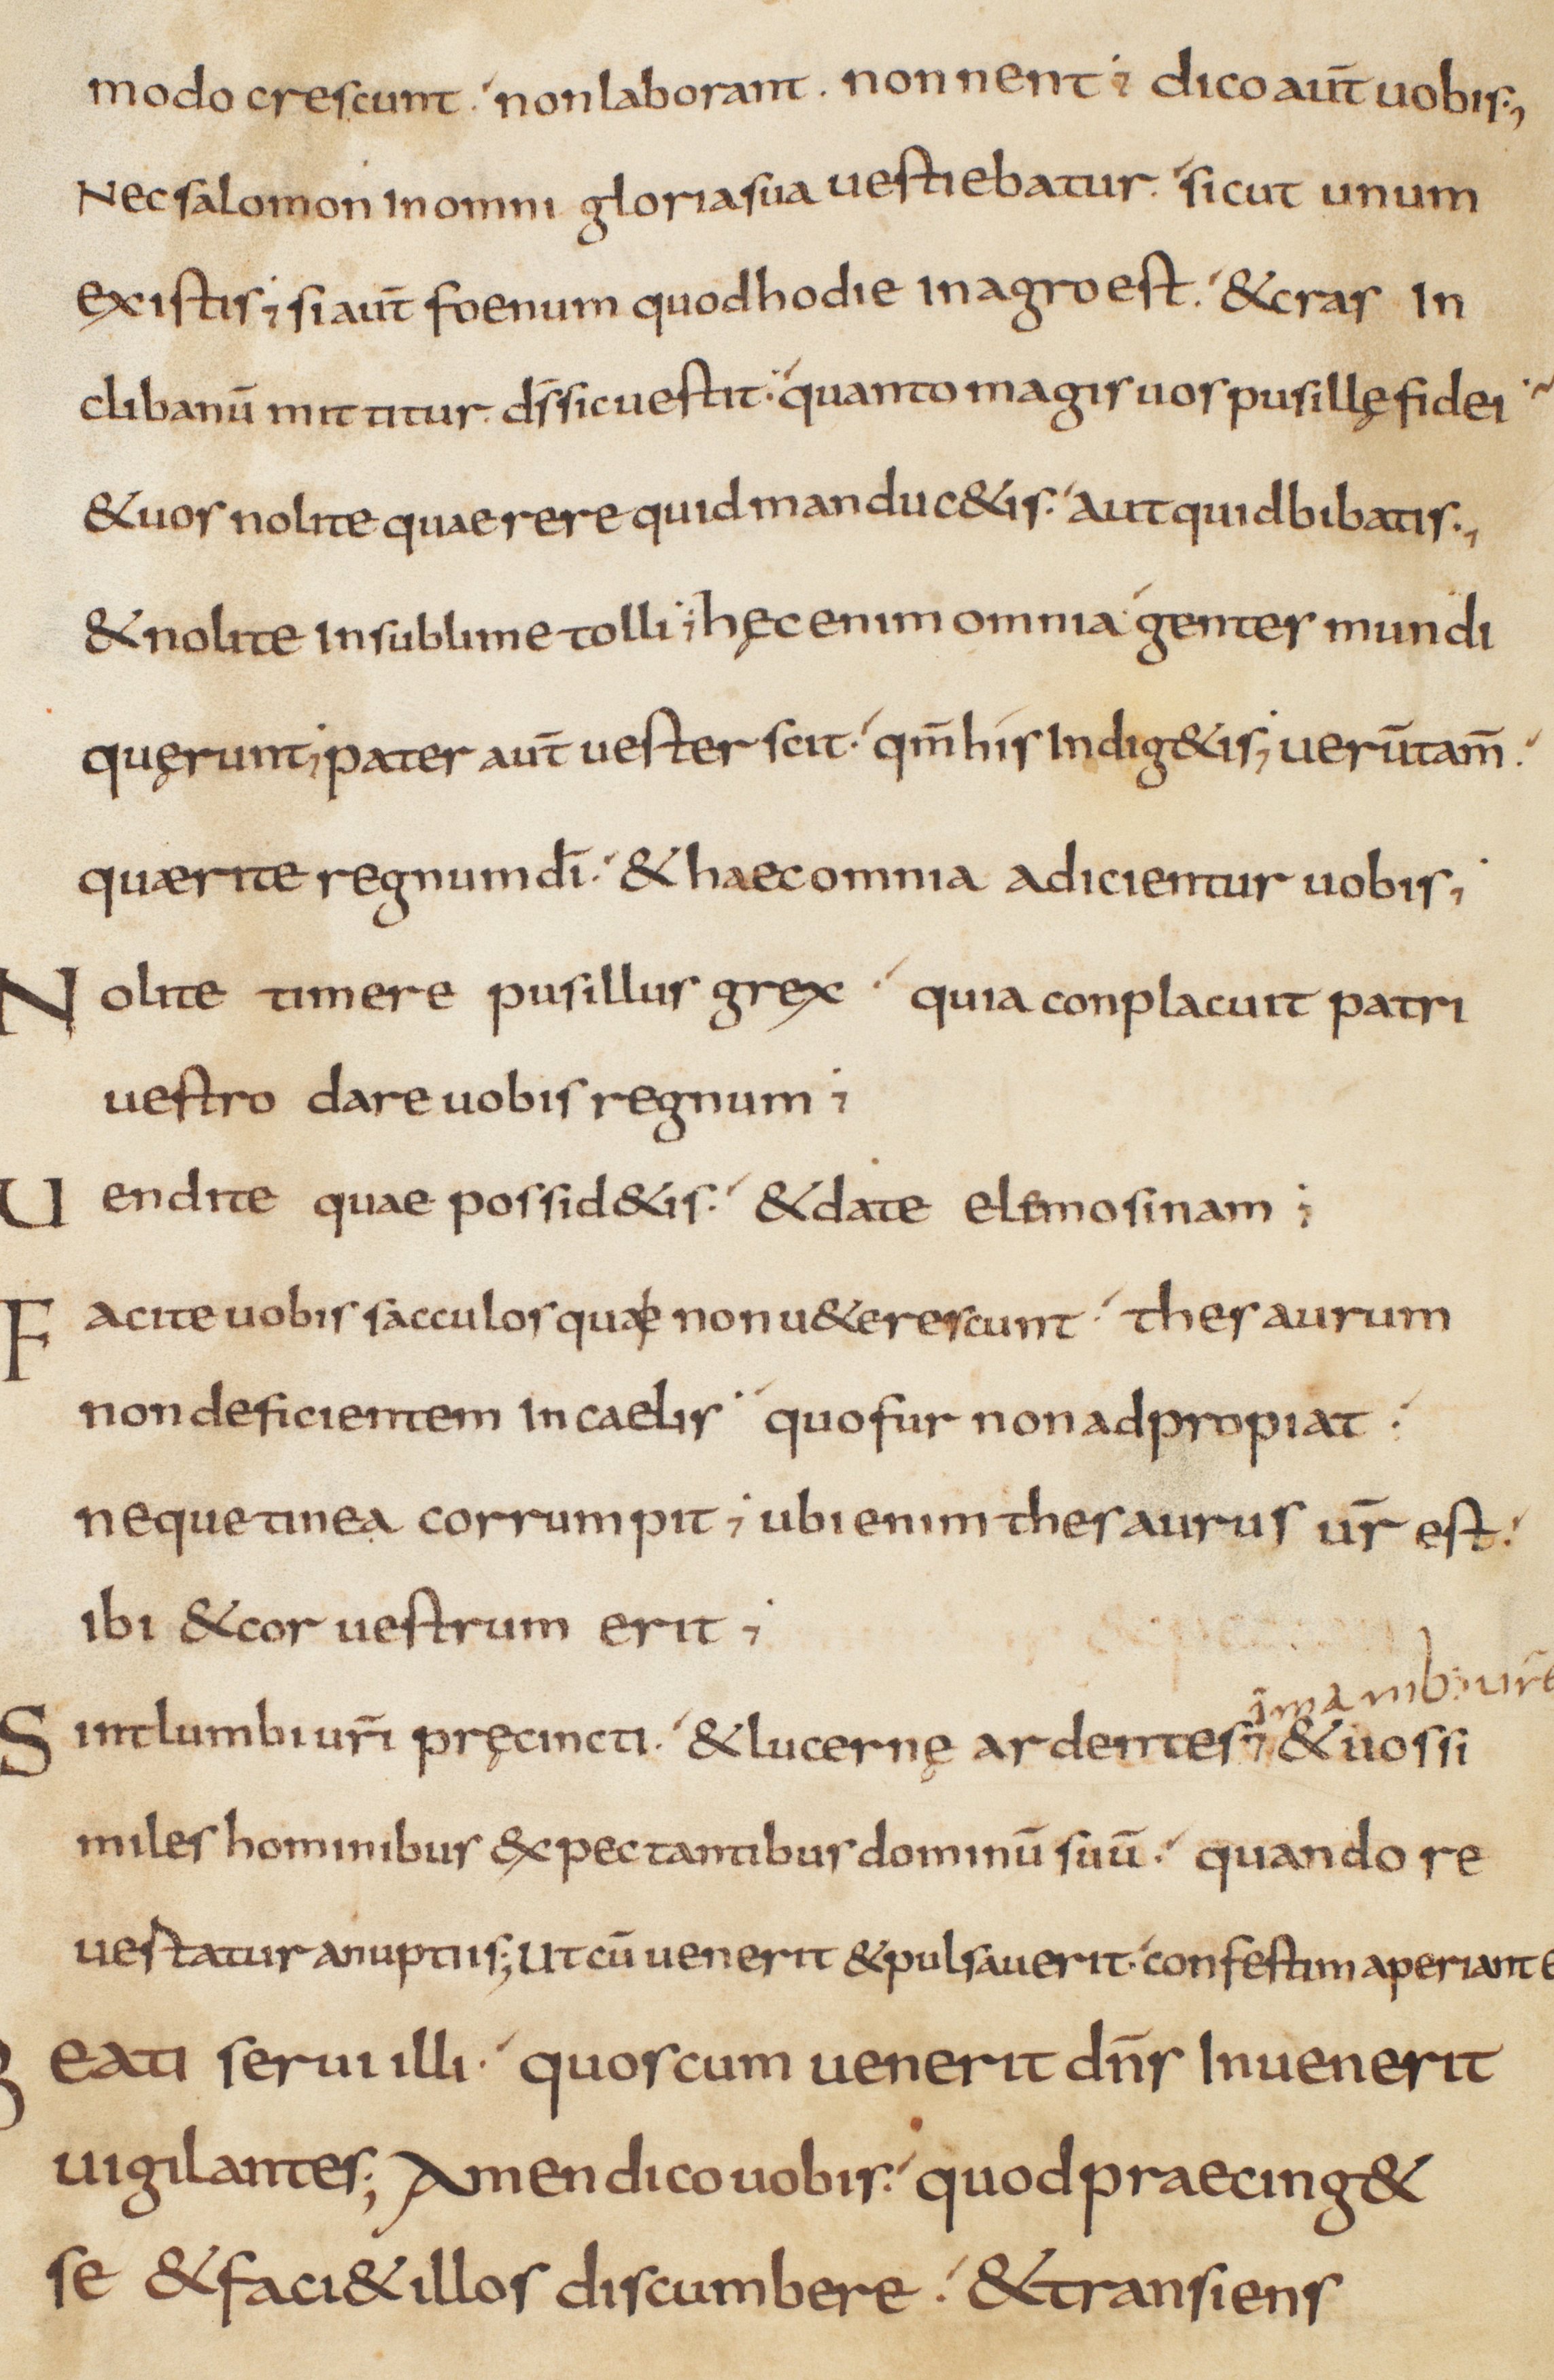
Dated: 825–849